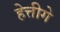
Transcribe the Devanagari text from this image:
हेत्तीगे